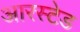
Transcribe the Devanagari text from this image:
आरस्टेड